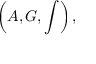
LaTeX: \left( { \cal A } , { \cal G } , \int \right) ,